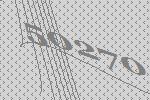
50270